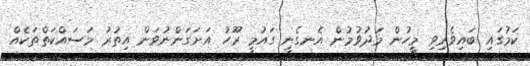
ކަމުގައި ބައިވެރިިވި މީހުން މަދުވުމުން އެނގެނީ ގައުމީ ރޫހު އަށަގަންނުވަން އިތުރު މަސައްކަތްތަކެއް